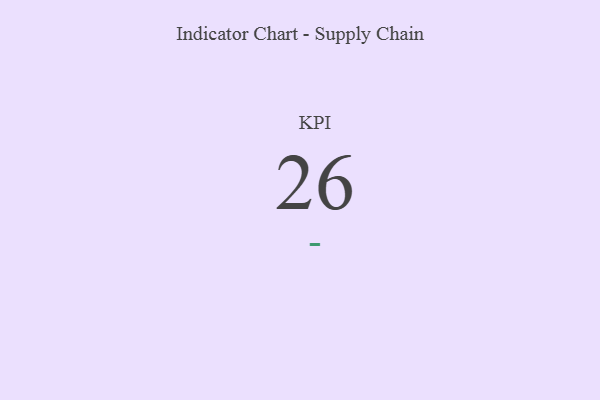
{"axis": {"x": "KPI", "y": "Value"}, "legend": [""], "data": [{"x": "KPI", "y": 26, "type": ""}]}